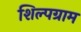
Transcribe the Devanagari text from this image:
शिल्‍पग्राम